Lunatic asylums United Provinces 1899-1908 - 1899-1908
Year: 1899
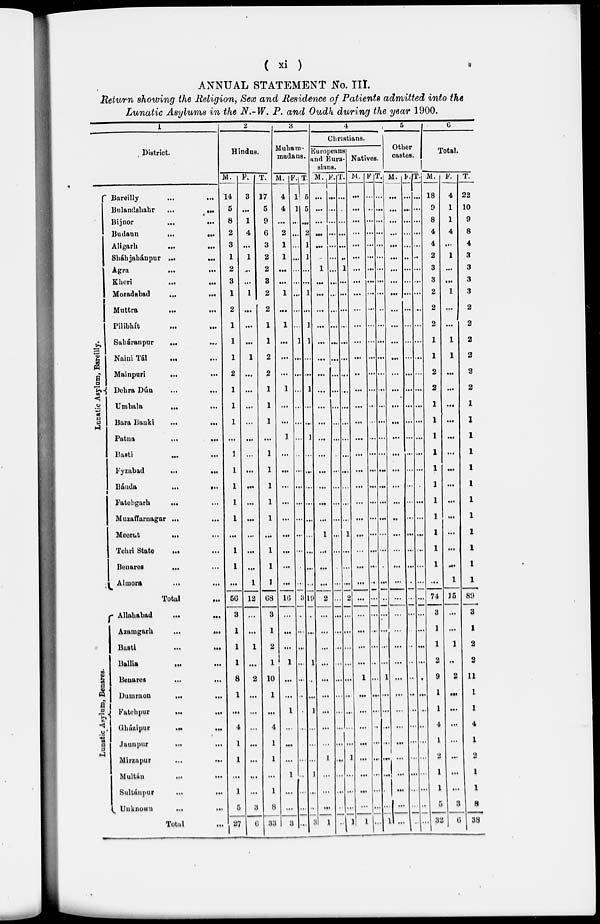
( xi )
ANNUAL STATEMENT No. III.
Return showing the Religion, Sex and Residence of Patients admitted into the
Lunatic Asylums in the N.-W. P. and Oudh during the year 1900.
1
District.
Lunat i
c Asylum, Bareilly.
Lunat i
c As yl um, Benar es .
Bareilly
...
...
Bulandshahr
...
...
Bijnor
...
...
Budaun
...
...
Aligarh
...
...
Sháhjahánpur ...
...
Agra
...
...
Kheri
...
...
Moradabad
...
...
Muttra
...
...
Pilibhít
...
...
Saháranpur
...
...
Naini Tál
...
...
Mainpuri
... ...
Dehra Dún
...
...
Umbala
...
...
Bara Banki
...
...
Patna
...
...
Basti
...
...
Fyzabad
...
...
Bánda
...
...
Fatehgarh
... ...
Muzaffarnagar ... ...
Meerut
... ...
Tehri State
... ...
Benares
... ...
Almora ... ...
Total ...
Allababad
...
...
Azamgarh
...
...
Basti
...
...
Ballia
...
...
Benares
...
...
Dumraon
... ...
Fatehpur
...
...
Gházipur
...
...
Jaunpur
...
...
Mirzapur
...
...
Multán
...
...
Sultánpur
...
...
Unknown
...
...
Total ...
2
Hindus.
M.
14
5
8
2
3
1
2
3
1
2
1
1
1
2
1
1
1
...
1
1
1
1
1
...
1
1
...
56
3
1
1
1
8
1
...
4
1
1
...
1
5
27
F.
3
...
1
4
...
1
...
...
1
...
...
...
1
...
...
...
...
...
...
...
...
...
...
...
...
...
1
12
...
...
1
...
2
...
...
...
...
...
...
...
3
6
T.
17
5
9
6
3
2
2
3
2
2
1
1
2
2
1
1
1
...
1
1
1
1
1
...
1
1
1
68
3
1
2
1
10
1
...
4
1
1
...
1
8
33
3
Muham-
madans.
M.
4
4
...
2
1
1
…
...
1
…
1
…
...
...
1
…
...
1
...
...
...
...
...
...
...
...
...
16
...
...
…
1
…
…
1
…
...
...
1
...
...
3
F.
1
1
…
…
…
…
...
...
...
...
...
1
...
...
...
…
...
…
…
...
...
...
...
…
…
…
…
3
…
…
…
…
…
..
.
…
…
…
…
…
…
…
T.
5
5
…
2
1
1
…
…
1
…
1
1
…
…
1
…
…
1
…
…
…
…
…
…
…
…
…
19
…
…
…
1
…
…
1
…
…
…
1
…
…
3
4
Christians.
Europeans
and Eura-
sians.
M.
...
...
…
...
...
.
1
...
...
...
…
…
...
...
...
…
...
...
...
...
...
...
...
1
...
...
...
2
...
...
...
...
…
…
...
...
…
1
...
…
…
1
F.
...
...
...
…
...
…
...
...
...
...
…
…
…
…
...
…
...
...
..
...
...
...
...
...
...
…
...
...
...
...
...
...
...
…
…
…
…
…
...
…
…
…
T.
...
…
...
…
…
…
1
…
…
...
…
…
…
…
…
…
...
...
...
…
...
...
...
1
...
...
...
2
...
...
…
...
…
…
…
…
…
1
...
…
...
1
Natives.
M.
...
...
...
...
...
…
...
...
...
...
…
…
...
...
...
…
...
...
...
...
...
...
...
...
...
...
…
...
...
...
...
...
1
...
...
...
...
...
...
...
...
1
F
...
..
…
...
...
…
…
…
…
...
…
…
...
...
...
…
...
...
…
…
…
…
...
...
...
...
..
...
...
…
...
..
..
..
…
…
…
...
…
…
…
…
T.
…
…
...
...
...
…
...
...
...
..
…
…
...
...
…
…
…
...
...
...
...
...
...
...
...
…
...
…
…
...
...
…
1
...
...
…
...
…
...
…
…
1
5
Other
castes.
M.
...
...
...
...
...
…
...
...
...
...
…
…
...
...
...
…
...
…
...
...
...
...
..
…
...
...
...
...
...
...
...
...
...
…
...
…
…
… ...
...
...
...
F.
…
…
…
...
…
…
...
...
…
...
…
…
...
...
...
…
...
...
...
...
...
...
...
...
...
...
…
...
...
…
..
...
...
…
...
…
...
...
...
…
…
..
T.
…
...
...
...
...
…
...
…
...
..
…
…
…
...
...
…
…
…
…
…
.
...
...
...
...
...
...
...
...
...
...
...
.
...
...
…
...
...
…
…
…
…
6
Total.
M.
18
9
8
4
4
2
3
3
2
2
2
1
1
2
2
1
1
1
1
1
1
1
1
1
1
1
…
74
3
1
1
2
9
1
1
4
1
2
1
1
5
32
F.
4
1
1
4
…
1
...
...
1
…
...
1
1
...
...
...
...
...
…
...
…
...
...
...
...
…
1
15
...
…
1
..
2
...
...
...
...
...
...
...
3
6
T.
22
10
9
8
4
3
3
3
3
2
2
2
2
2
2
1
1
1
1
1
1
1
1
1
1
1
1
89
3
1
2
2
11
1
1
4
1
2
1
1
8
38